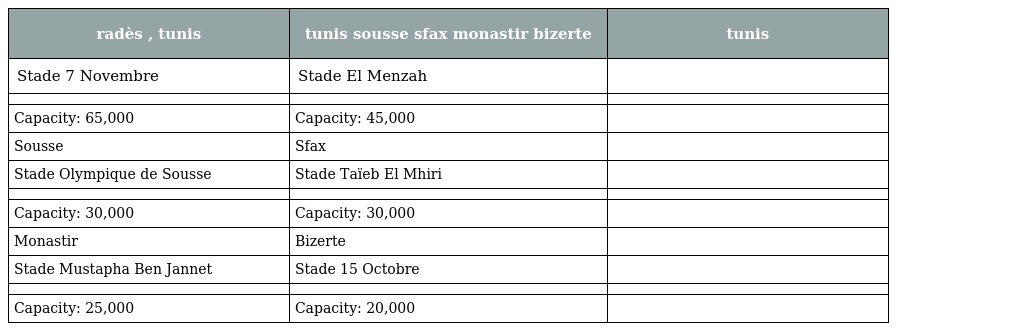
| radès , tunis | tunis sousse sfax monastir bizerte | tunis |
 | --- | --- | --- |
 | Stade 7 Novembre | Stade El Menzah |  |
 |  |  |  |
 | Capacity: 65,000 | Capacity: 45,000 |  |
 | Sousse | Sfax |  |
 | Stade Olympique de Sousse | Stade Taïeb El Mhiri |  |
 |  |  |  |
 | Capacity: 30,000 | Capacity: 30,000 |  |
 | Monastir | Bizerte |  |
 | Stade Mustapha Ben Jannet | Stade 15 Octobre |  |
 |  |  |  |
 | Capacity: 25,000 | Capacity: 20,000 |  |